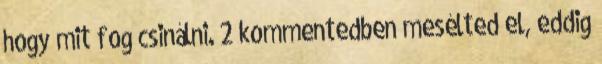
hogy mit fog csinálni. 2 kommentedben mesélted el, eddig